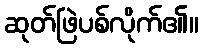
ဆုတ်ဖြဲပစ်လိုက်၏။